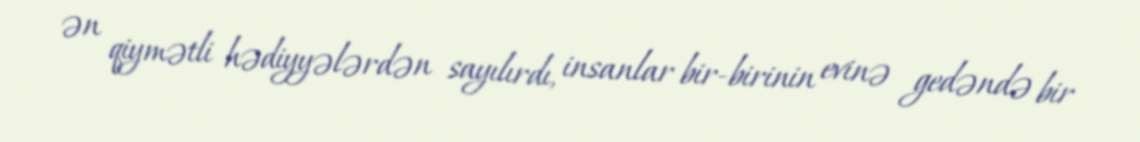
ən qiymətli hədiyyələrdən sayılırdı, insanlar bir-birinin evinə gedəndə bir